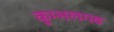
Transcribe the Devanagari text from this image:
कुम्‍भलगढ